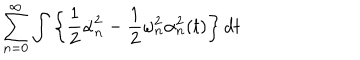
LaTeX: \sum _ { n = 0 } ^ { \infty } \int \left\{ \frac 1 2 \dot { \alpha } _ { n } ^ { 2 } - \frac 1 2 \omega _ { n } ^ { 2 } \alpha _ { n } ^ { 2 } ( t ) \right\} d t